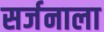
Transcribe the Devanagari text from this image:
सर्जनाला